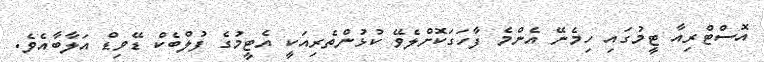
އޮސްޓްރިއާ ޓީމުގައި ހިމެނޭ އެންމެ ފާހަގަކޮށްލެވޭ ކުޅުންތެރިއަކީ އެޓީމުގެ ފުލްބެކް ޑޭވިޑް އަލާބާއެވެ.